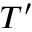
T ^ { \prime }